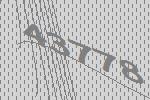
43778